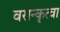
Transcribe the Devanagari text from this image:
वरान्कृत्वा